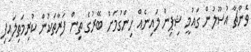
ވެންޗާ އުސޫލުން ގައުމީ ޝިޕިން ލައިނެއް ހިންގުމަށް ބޭރުގެ ތިން ފަރާތަކުން ކުރިމަތިލައިފި